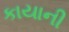
કાયાની